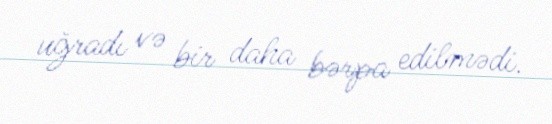
uğradı və bir daha bərpa edilmədi.